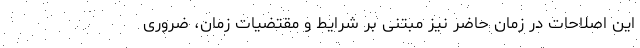
این اصلاحات در زمان حاضر نیز مبتنی بر شرایط و مقتضیات زمان، ضروری